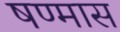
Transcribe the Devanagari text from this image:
षण्मास